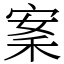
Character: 䅁